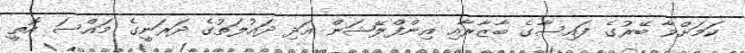
ކަމަށްވާ ބޭރުގެ ފައިސާގެ ބާޒާރާއި އިންފްލޭޝަން އަދި ދައުލަތުގެ ދަރަނީގެ މައްސަ އޮތީ